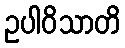
ဥပါဝိသာတိ